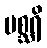
မစ္ဆရိ